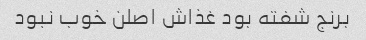
برنج شفته بود غذاش اصلن خوب نبود